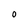
Character: O